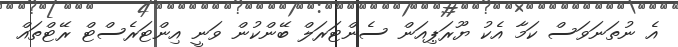
އެ ނުތަނަވަސް ކަމާ އެކު ޔޫރަޕިއަން ސެންޓަރަލް ބޭންކުން ވަނީ އިންޓަރެސްޓް ރޭޓްތައް